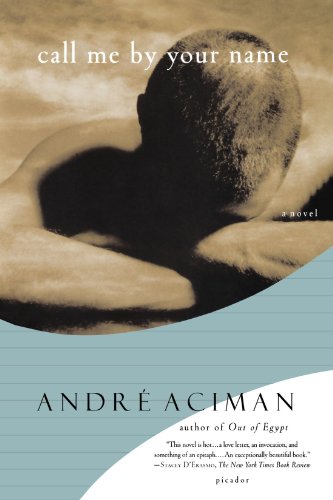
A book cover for Call Me by Your Name: A Novel; AndrÃ© Aciman; Romance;